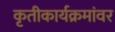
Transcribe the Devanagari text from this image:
कृतीकार्यक्रमांवर